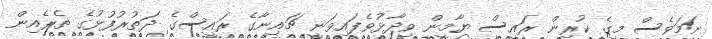
ނަމަވެސް މީގެ ކުރިން ރައީސް ޔާމީން ވިދާޅުވެފައިވަނީ ޗައިނާގެ ރައީސްގެ ދަތުރުފުޅުގެ ތެރެއިން